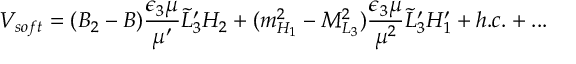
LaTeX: V _ { s o f t } = ( B _ { 2 } - B ) { \frac { \epsilon _ { 3 } \mu } { \mu ^ { \prime } } } \widetilde L _ { 3 } ^ { \prime } H _ { 2 } + ( m _ { H _ { 1 } } ^ { 2 } - M _ { L _ { 3 } } ^ { 2 } ) { \frac { \epsilon _ { 3 } \mu } { \mu ^ { 2 } } } \widetilde L _ { 3 } ^ { \prime } H _ { 1 } ^ { \prime } + h . c . + . . .